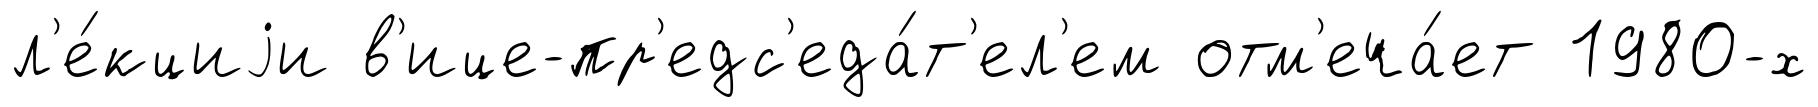
л'е́кциjи в'ице-пр'едс'еда́т'ел'ем отм'еча́ет 1980-х